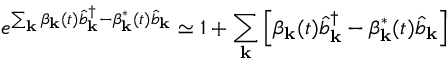
e ^ { \sum _ { \mathbf { k } } \beta _ { \mathbf { k } } ( t ) \hat { b } _ { \mathbf { k } } ^ { \dagger } - \beta _ { \mathbf { k } } ^ { * } ( t ) \hat { b } _ { \mathbf { k } } } \simeq 1 + \sum _ { \mathbf { k } } \left[ \beta _ { \mathbf { k } } ( t ) \hat { b } _ { \mathbf { k } } ^ { \dagger } - \beta _ { \mathbf { k } } ^ { * } ( t ) \hat { b } _ { \mathbf { k } } \right]